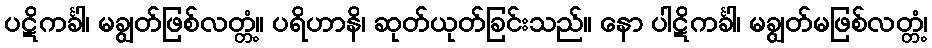
ပဋိကင်္ခါ၊ မချွတ်ဖြစ်လတ္တံ့။ ပရိဟာနိ၊ ဆုတ်ယုတ်ခြင်းသည်။ နော ပါဋိကင်္ခါ၊ မချွတ်မဖြစ်လတ္တံ့၊